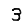
Digit: 3